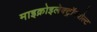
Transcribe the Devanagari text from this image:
माइक्रोइलेक्ट्रॉनवोल्ट